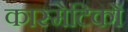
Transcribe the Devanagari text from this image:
कास्मेटिकों